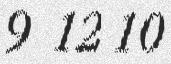
9 12 10